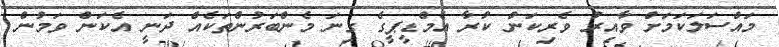
މައްސަލަކަމަށްް ވާއިރު ވެރިކަންް ކުރާ އެމްޑީޕީގެ ގިނަ މެންބަރުންތަކެއް ދަނީ އެކަން ވަމުން